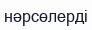
нәрсөлерді